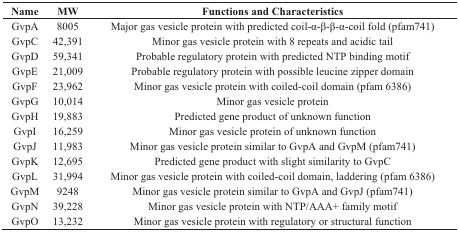
<table><thead><tr><td><b>Name</b></td><td><b>MW</b></td><td><b>Functions and Characteristics</b></td></tr></thead><tbody><tr><td>GvpA</td><td>8005</td><td>Major gas vesicle protein with predicted coil-α-β-β-α-coil fold (pfam741)</td></tr><tr><td>GvpC</td><td>42,391</td><td>Minor gas vesicle protein with 8 repeats and acidic tail</td></tr><tr><td>GvpD</td><td>59,341</td><td>Probable regulatory protein with predicted NTP binding motif</td></tr><tr><td>GvpE</td><td>21,009</td><td>Probable regulatory protein with possible leucine zipper domain</td></tr><tr><td>GvpF</td><td>23,962</td><td>Minor gas vesicle protein with coiled-coil domain (pfam 6386)</td></tr><tr><td>GvpG</td><td>10,014</td><td>Minor gas vesicle protein</td></tr><tr><td>GvpH</td><td>19,883</td><td>Predicted gene product of unknown function</td></tr><tr><td>GvpI</td><td>16,259</td><td>Minor gas vesicle protein of unknown function</td></tr><tr><td>GvpJ</td><td>11,983</td><td>Minor gas vesicle protein similar to GvpA and GvpM (pfam741)</td></tr><tr><td>GvpK</td><td>12,695</td><td>Predicted gene product with slight similarity to GvpC</td></tr><tr><td>GvpL</td><td>31,994</td><td>Minor gas vesicle protein with coiled-coil domain, laddering (pfam 6386)</td></tr><tr><td>GvpM</td><td>9248</td><td>Minor gas vesicle protein similar to GvpA and GvpJ (pfam741)</td></tr><tr><td>GvpN</td><td>39,228</td><td>Minor gas vesicle protein with NTP/AAA+ family motif</td></tr><tr><td>GvpO</td><td>13,232</td><td>Minor gas vesicle protein with regulatory or structural function</td></tr></tbody></table>